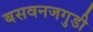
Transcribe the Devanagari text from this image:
बसवनजगुडी